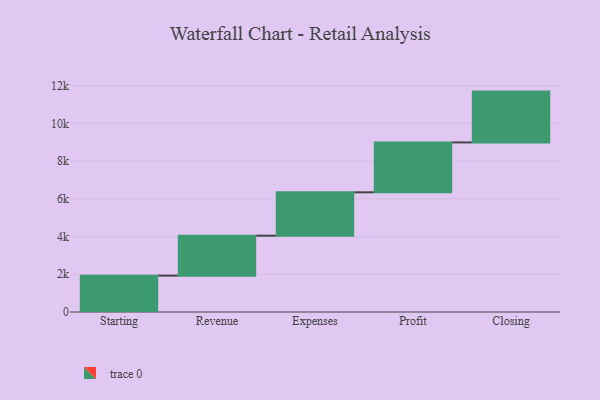
{"axis": {"x": "Step", "y": "Value"}, "legend": [""], "data": [{"x": "Starting", "y": 1929.0, "type": ""}, {"x": "Revenue", "y": 2119.0, "type": ""}, {"x": "Expenses", "y": 2300.0, "type": ""}, {"x": "Profit", "y": 2646.0, "type": ""}, {"x": "Closing", "y": 2695.0, "type": ""}]}